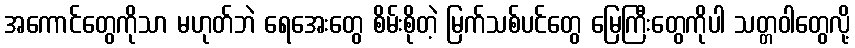
အကောင်တွေကိုသာ မဟုတ်ဘဲ ရေအေးတွေ စိမ်းစိုတဲ့ မြက်သစ်ပင်တွေ မြေကြီးတွေကိုပါ သတ္တဝါတွေလို့